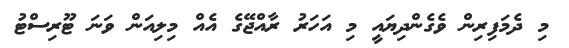
މި ދެމަފިރިން ވެގެންދިޔައީ މި އަހަރު ރާއްޖޭގެ އެއް މިލިއަން ވަނަ ޓޫރިސްޓު